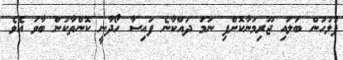
ފުލުހުން ބަލައި ޖޫރިމަނާކޮށްފި ނަމަ ދައްކާނެ ފައިސާ ހޯދާނީ ކޮންތާކުން ބާވަ އެވެ